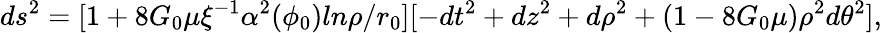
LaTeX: ds^{2}=[1+8G_{0}\mu\xi^{-1}\alpha^{2}(\phi_{0})ln\rho/r_{0}][-dt^{2}+dz^{2}+d\rho^{2}+(1-8G_{0}\mu)\rho^{2}d\theta^{2}],